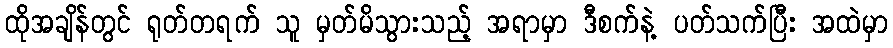
ထိုအချိန်တွင် ရုတ်တရက် သူ မှတ်မိသွားသည့် အရာမှာ ဒီစက်နဲ့ ပတ်သက်ပြီး အထဲမှာ